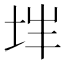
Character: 𰉨